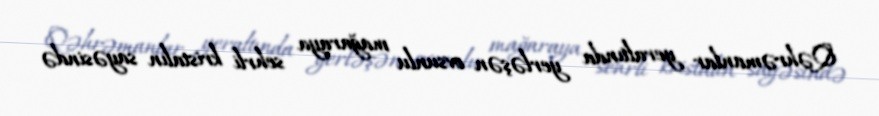
Qəhrəmanlar yeraltında yerləşən ovsunlu mağaraya sehrli kristalın sayəsində